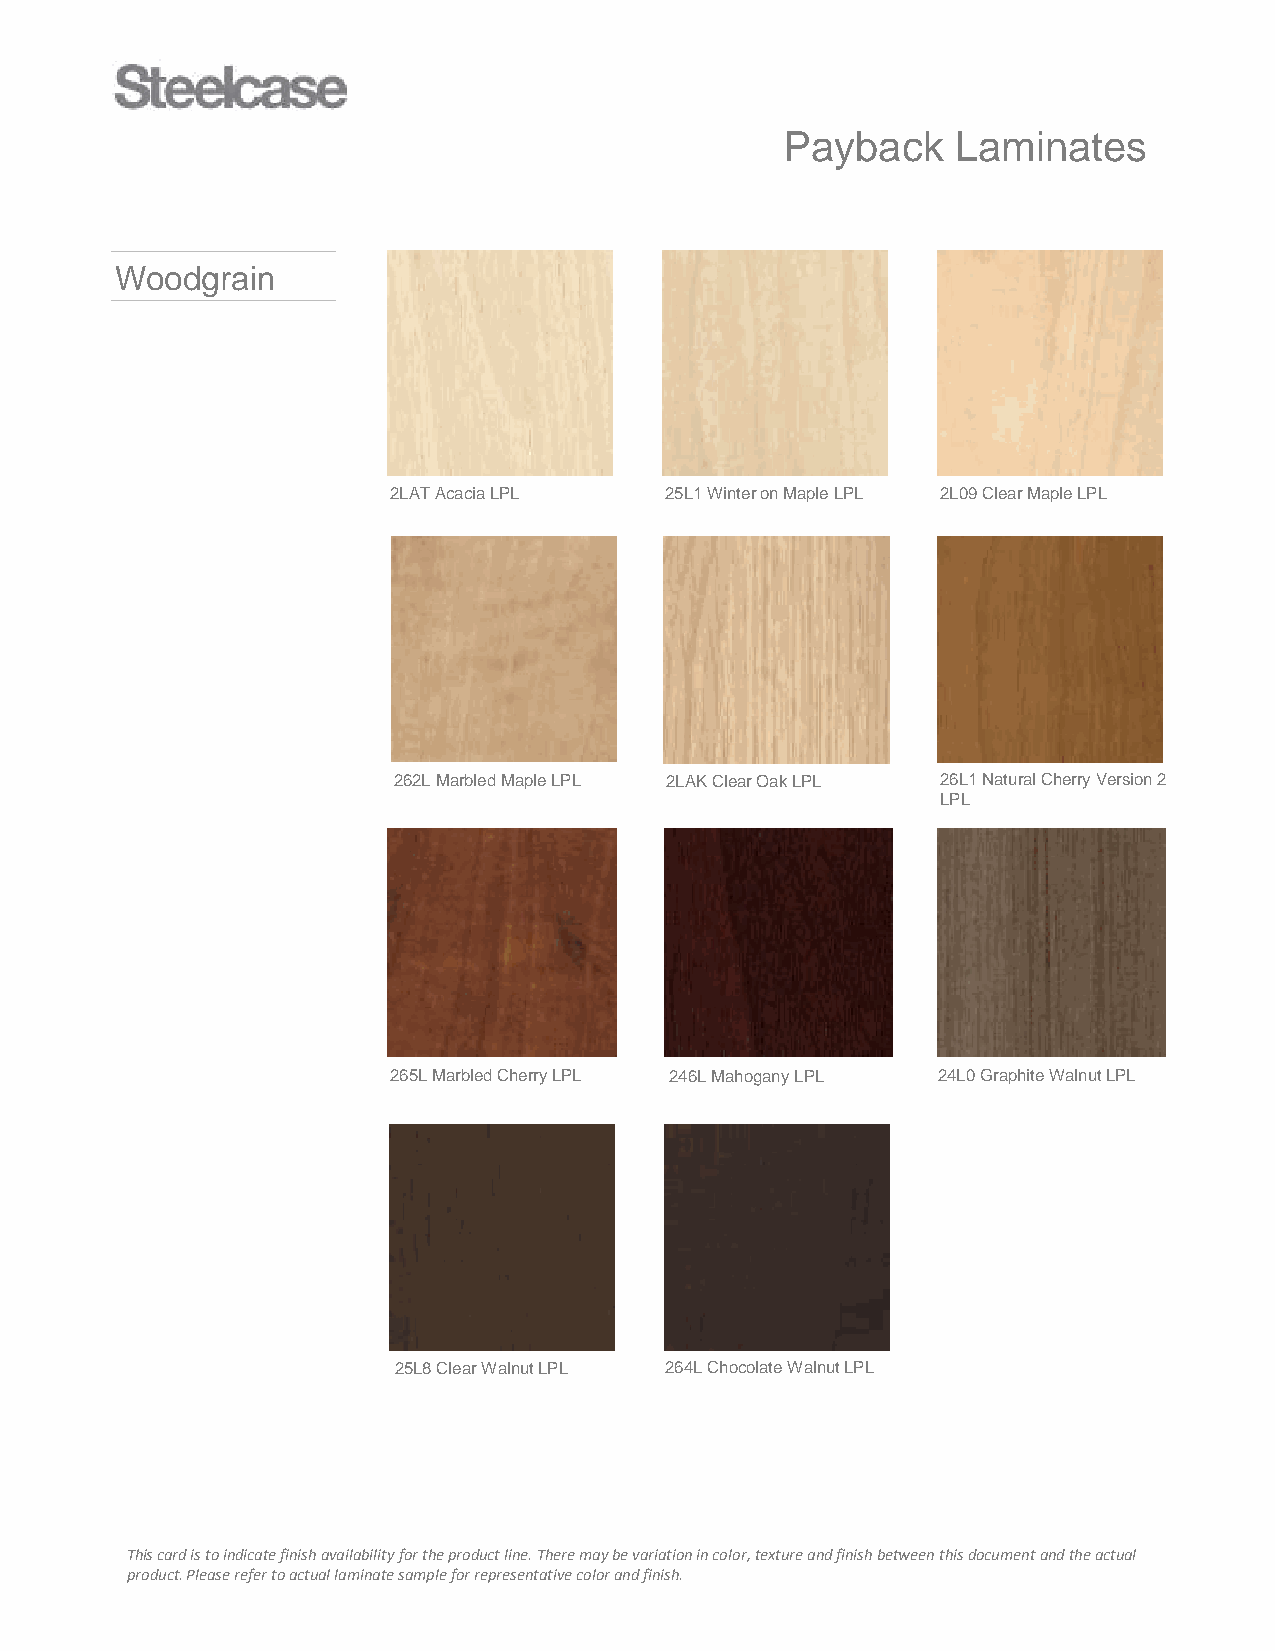
Payback    Laminates
 Woodgrain
 2LAT Acacia LPL   25L1 Winter on Maple LPL 2L09 Clear Maple LPL
 262L Marbled Maple LPL 2LAK Clear Oak LPL 26L1 Natural Cherry Version 2
 LPL
 265L Marbled Cherry LPL 246L Mahogany LPL 24L0 Graphite Walnut LPL
 25L8 Clear Walnut LPL 264L Chocolate Walnut LPL
 This card is to indicate finish availability for the product line. There may be variation in color, texture and finish between this document and the actual
 product. Please refer to actual laminate sample for representative color and finish.